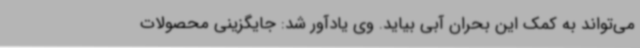
می‌تواند به کمک این بحران آبی بیاید. وی یادآور شد: جایگزینی محصولات